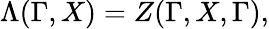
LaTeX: \Lambda(\Gamma,X)=Z(\Gamma,X,\Gamma),